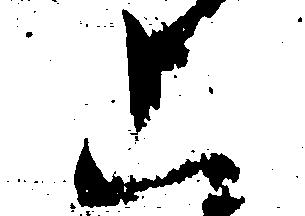
上